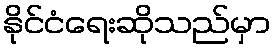
နိုင်ငံရေးဆိုသည်မှာ